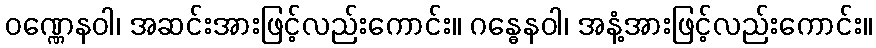
ဝဏ္ဏေနဝါ၊ အဆင်းအားဖြင့်လည်းကောင်း။ ဂန္ဓေနဝါ၊ အနံ့အားဖြင့်လည်းကောင်း။